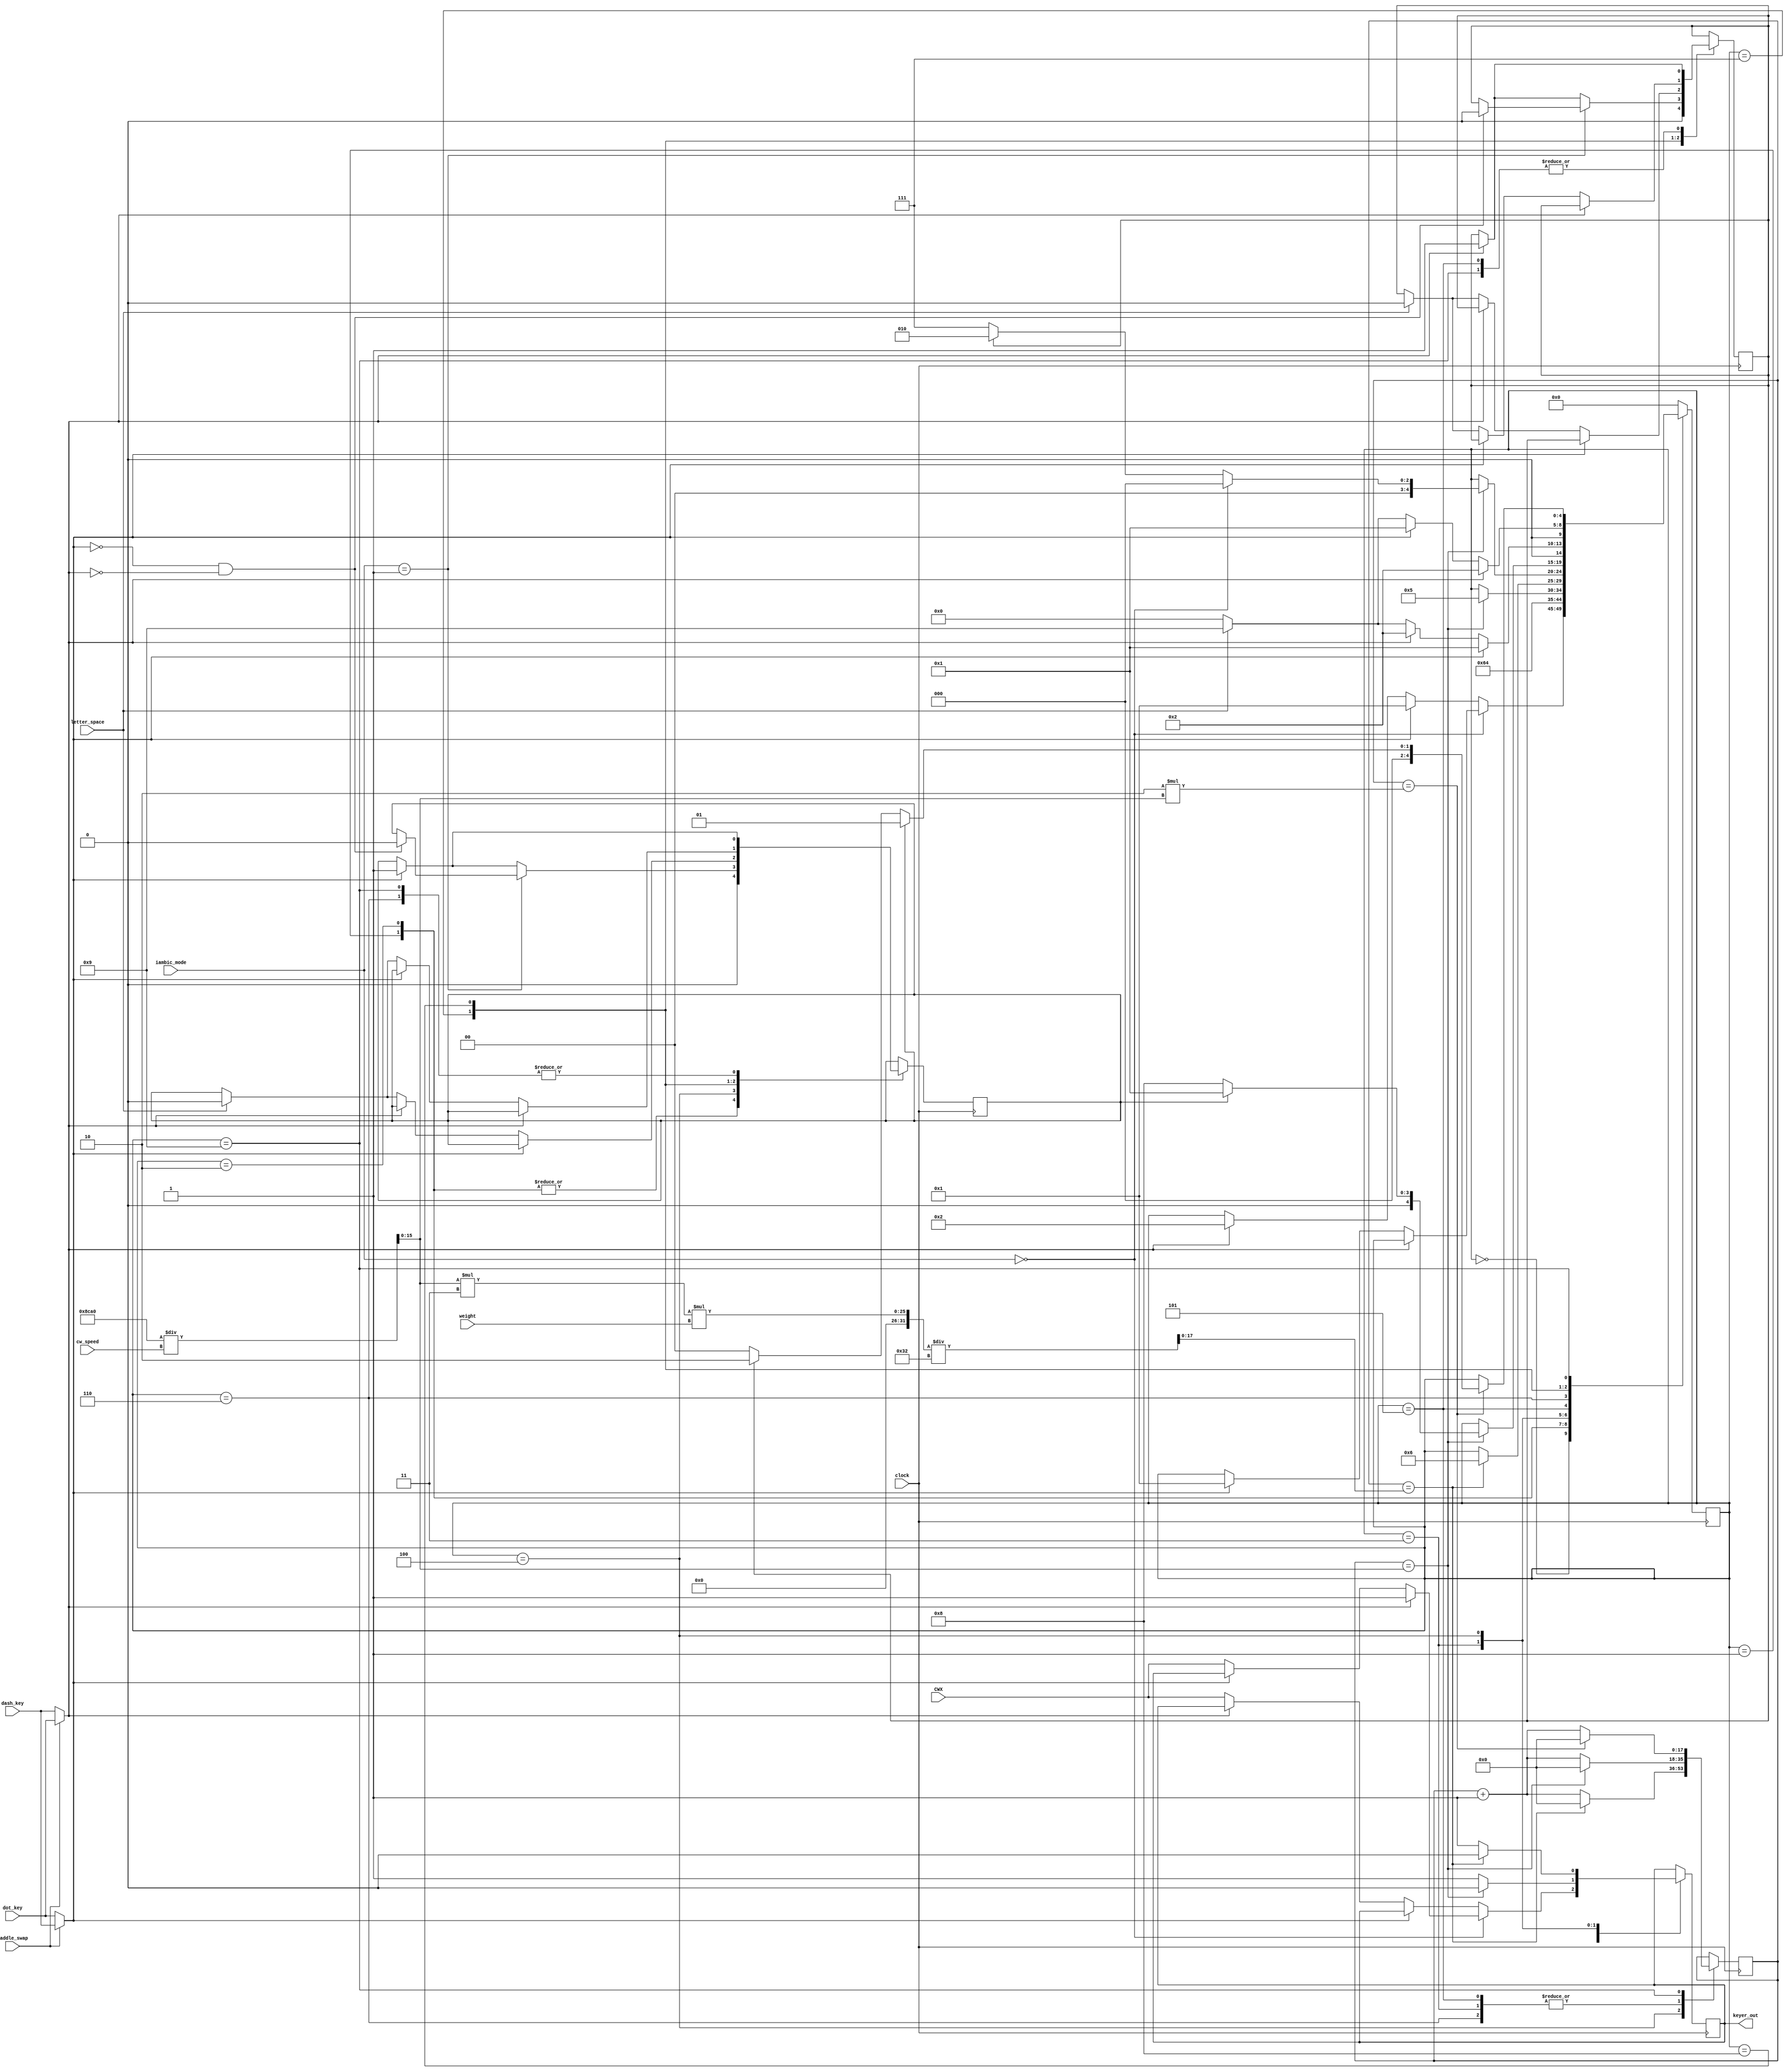
/*

--------------------------------------------------------------------------------
This library is free software; you can redistribute it and/or
modify it under the terms of the GNU Library General Public
License as published by the Free Software Foundation; either
version 2 of the License, or (at your option) any later version.
This library is distributed in the hope that it will be useful,
but WITHOUT ANY WARRANTY; without even the implied warranty of
MERCHANTABILITY or FITNESS FOR A PARTICULAR PURPOSE.  See the GNU
Library General Public License for more details.
You should have received a copy of the GNU Library General Public
License along with this library; if not, write to the
Free Software Foundation, Inc., 51 Franklin St, Fifth Floor,
Boston, MA  02110-1301, USA.
--------------------------------------------------------------------------------


---------------------------------------------------------------------------------
	Copywrite (C) Phil Harman VK6PH May 2014
---------------------------------------------------------------------------------
	
	The code implements an Iambic CW keyer.  The following features are supported:
		
		* Variable speed control from 1 to 60 WPM
		* Dot and Dash memory
		* Straight, Bug, Iambic Mode A or B Modes
		* Variable character weighting
		* Automatic Letter spacing
		* Paddle swap
		
	Dot and Dash memory works by registering an alternative paddle closure whilst a paddle is pressed.
	The alternate paddle closure can occur at any time during a paddle closure and is not limited to being 
	half way through the current dot or dash. This feature could be added if required.
	
	In Straight mode, closing the DASH paddle will result in the output following the input state.  This enables a 
	straight morse key or external Iambic keyer to be connected.
	
	In Bug mode closing the dot paddle will send repeated dots.
	
	The difference between Iambic Mode A and B lies in what the keyer does when both paddles are released. In Mode A the 
	keyer completes the element being sent when both paddles are released. In Mode B the keyer sends an additional
	element opposite to the one being sent when the paddles are released. 
	
	This only effects letters and characters like C, period or AR. The following diagram shows the difference between 
	sending the character C in each mode.
	
	Mode A
	
					------													--------------
	Dash Paddle   	  |												   |				
						  -------------------------------------------------
					  
					  
	Dot Paddle ----------                                              --------------
							  |											   |
				            ---------------------------------------------
				         
	Keyer Output 	     -------------      ----      -------------      ----
						 |            |    |    |    |             |    |    |
					-----              ----      ----               ----      ------------
				         
				         
	Mode B
	
					------										--------------
	Dash Paddle   	      |									   |				
						  -------------------------------------
					  
					  
	Dot Paddle 		----------                                  --------------
							  |								   |
				              ---------------------------------
				         
	Keyer Output 	     -------------      ----      -------------      ----
						 |            |    |    |    |             |    |    |
					-----              ----      ----               ----      ------------			         
	
	
	Automatic Letter Space works as follows: When enabled, if you pause for more than one dot time between a dot or dash
	the keyer will interpret this as a letter-space and will not send the next dot or dash until the letter-space time has been met.
	The normal letter-space is 3 dot periods. The keyer has a paddle event memory so that you can enter dots or dashes during the
	inter-letter space and the keyer will send them as they were entered. 

	Speed calculation -  Using standard PARIS timing, dot_period(mS) = 1200/WPM
	
	Changes:
	
	2014 May 8 	- First release


*/

module iambic (
				input clock,					
				input [5:0] cw_speed,			// 1 to 60 WPM
				input [1:0] iambic_mode,		// 00 = straight/bug, 01 = Mode A, 10 = Mode B
				input [7:0] weight, 				// 33 to 66, nominal is 50
				input letter_space,				// 0 = off, 1 = on
				input dot_key,						// dot paddle input, active high
				input dash_key,					// dash paddle input, active high
				input CWX,						   // CW data from PC
				input paddle_swap,				// swap if set
				output reg keyer_out				// keyer output, active high
				);
				
parameter   clock_speed = 30;					// default clock speed of 30kHz from PLL 
														// overwrite using clock speed in kHz. Don't use < 10kHz
												
localparam 	LOOP 		= 0,
			PREDOT      = 1,
			PREDASH     = 2,
			SENDDOT 		= 3,
			SENDDASH		= 4,
			DOTDELAY 	= 5,
			DASHDELAY 	= 6,
			DOTHELD 		= 7,
			DASHHELD 	= 8,
			LETTERSPACE = 9;	
			
localparam  DELAYDOT 	= clogb2(1200 * clock_speed);  	          // worse case number of bits needed to hold dot delay counter
localparam  DELAYDASH 	= clogb2(1200 * clock_speed * 3 * 66/50); // worse case number of bits needed for dash delay counter	

				
reg dot_memory = 0;
reg dash_memory = 0;	
reg [4:0] key_state = 0;	

reg  [DELAYDASH-1:0] delay;
wire [DELAYDOT-1:0]  dot_delay;
wire [DELAYDASH-1:0] dash_delay;


assign  dot_delay  = (1200 * clock_speed)/cw_speed;	
assign  dash_delay = (dot_delay * 3 * weight)/50; 	// will be 3 * dot length at standard weight

// swap paddles if set
wire dot, dash;
assign dot 	= paddle_swap ? dash_key : dot_key;
assign dash = paddle_swap ? dot_key  : dash_key;
		

always @ (posedge clock)
begin
case (key_state)

// wait for key press
LOOP:
	begin
		 if(iambic_mode == 2'b00) begin			// Straight/External key or bug
			if (dash)									// send manual dashes
				keyer_out <= 1'b1;
			else if (dot)								// and automatic dots
				key_state <= PREDOT;
			else keyer_out <= CWX;	
		end
		else begin
			if (dot) 
				key_state <= PREDOT;
			else if (dash)
				key_state <= PREDASH;
			else keyer_out <= CWX;
		end 	
	end 
		
PREDOT:						// need to clear any pending dots or dashes 
	begin 
		clear_memory;
		key_state <= SENDDOT;
	end 
	
PREDASH:
	begin
		clear_memory;
		key_state <= SENDDASH;
	end 

// dot paddle  pressed so set keyer_out high for time dependant on speed
// also check if dash paddle is pressed during this time
SENDDOT:
   	begin 
	keyer_out <= 1'b1;
		if (delay == dot_delay)begin
			delay <= 0;
			keyer_out <= 1'b0;
			key_state <= DOTDELAY;				// add inter-character spacing of one dot length
		end
		else delay <= delay  + 1;
		
	// if Mode A and both paddels are relesed then clear dash memory
	if (iambic_mode == 2'b01) begin	
		if (!dot & !dash)
				dash_memory <= 0;
	end	
	else if (dash)							// set dash memory
		dash_memory <= 1'b1;
   end
		
// dash paddle pressed so set keyer_out high for time dependant on 3 x dot delay and weight
// also check if dot paddle is pressed during this time 
SENDDASH:
	begin
	keyer_out <= 1'b1;
		if (delay == dash_delay) begin
			delay <= 0;
			keyer_out <= 1'b0;
			key_state <= DASHDELAY;				// add inter-character spacing of one dot length
		end
		else delay <= delay  + 1;
		
	// if Mode A and both padles are relesed then clear dot memory
	if (iambic_mode == 2'b01 ) begin	
		if (!dot & !dash)
				dot_memory <= 0;
	end
	else if (dot)								// set dot memory  
		dot_memory <= 1'b1;
	end

// add dot delay at end of the dot and check for dash memory, then check if paddle still held
DOTDELAY:
	begin
		if (delay == dot_delay) begin
			delay <= 0;
			if(iambic_mode == 2'b00) 					// just return if in bug mode
				key_state <= LOOP;
			else if (dash_memory) 					// dash has been set during the dot so service
				key_state <= PREDASH;
			else key_state <= DOTHELD;				// dot is still active so service
		end
		else delay <= delay  + 1;
	if (dash)								// set dash memory
		dash_memory <= 1'b1;
	end
		
// add dot delay at end of the dash and check for dot memory, then check if paddle still held
DASHDELAY:
	begin
		if (delay == dot_delay) begin
			delay <= 0;
			if (dot_memory)						// dot has been set during the dash so service
				key_state <= PREDOT;
			else key_state <= DASHHELD;			// dash is still active so service
		end
		else delay <= delay  + 1;
		if (dot)							// set dot memory 
			dot_memory <= 1'b1;
	end
				
// check if dot paddle is still held, if so repeat the dot. Else check if Letter space is required	
DOTHELD:
	begin
		if (dot) 						// dot has been set during the dash so service
			key_state <= PREDOT;
		else if (dash)  				// has dash paddle been pressed
			key_state <= PREDASH;
		else if (letter_space) begin		// Letter space enabled so clear any pending dots or dashes 
			clear_memory;
			key_state <= LETTERSPACE;
		end 
		else key_state <= LOOP;
	end

// check if dash paddle is still held, if so repeat the dash. Else check if Letter space is required		
DASHHELD:
	begin
		if (dash) 						// dash has been set during the dot so service
			key_state <= PREDASH;
		else if (dot) 					// has dot paddle been pressed
			key_state <= PREDOT;
		else if (letter_space) begin		// Letter space enabled so clear any pending dots or dashes
			clear_memory;
			key_state <= LETTERSPACE;
		end
		else key_state <= LOOP;
	end 

// Add letter space (3 x dot delay) to end of character and check if a paddle is pressed during this time. 
// Actually add 2 x dot_delay since we already have a dot delay at the end of the character.
LETTERSPACE:
	begin
		if (delay == 2 * dot_delay) begin	
			delay <= 0;
			if (dot_memory) 			// check if a dot or dash paddle was pressed during the delay.
				key_state <= PREDOT;
			else
			if (dash_memory) 
				key_state <= PREDASH;
			else key_state <= LOOP;		// no memories set so restart
		end
		else delay <= delay + 1;
		
		// save any key presses during the letter space delay
		if (dot)   dot_memory <= 1'b1;
		if (dash) dash_memory <= 1'b1;
	end  

default: key_state <= 0;
endcase
end

task clear_memory;
begin 
	dot_memory  <= 0;
	dash_memory <= 0;
end
endtask	

function integer clogb2;
input [31:0] depth;
begin
  for(clogb2 = 0; depth > 0; clogb2 = clogb2 + 1)
  depth = depth >> 1;
end
endfunction



endmodule